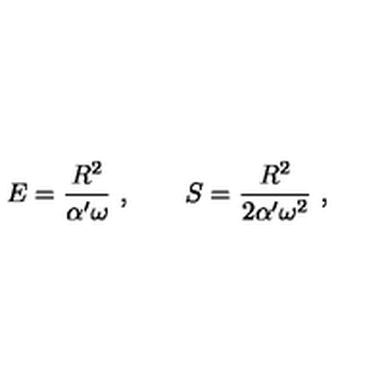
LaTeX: E = { \frac { R ^ { 2 } } { \alpha ^ { \prime } \omega } } \ , \qquad S = { \frac { R ^ { 2 } } { 2 \alpha ^ { \prime } \omega ^ { 2 } } } \ ,